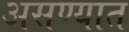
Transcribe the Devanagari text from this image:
असण्यात